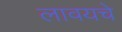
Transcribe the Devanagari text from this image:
लावयचे